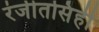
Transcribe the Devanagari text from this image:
रंजीतसिंही